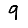
Digit: 9